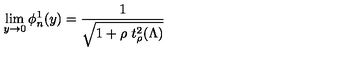
\lim _ { y \to 0 } \phi _ { n } ^ { 1 } ( y ) = \frac { 1 } { \sqrt { 1 + \rho \ t _ { \rho } ^ { 2 } ( \Lambda ) } }